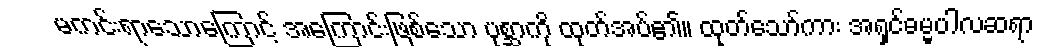
မကင်းရာသောကြောင့် အကြောင်းဖြစ်သော ပုစ္ဆာကို ထုတ်အပ်၏။ ထုတ်သော်ကား အရှင်ဓမ္မပါလဆရာ